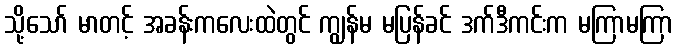
သို့သော် မာတင့် အခန်းကလေးထဲတွင် ကျွန်မ မပြန်ခင် ဒက်ဒီကင်းက မကြာမကြာ